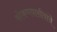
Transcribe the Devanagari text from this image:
कोकणवासीयांचे